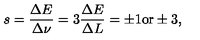
s = \frac { \Delta E } { \Delta \nu } = 3 \frac { \Delta E } { \Delta L } = \pm 1 \mathrm { o r } \pm 3 ,